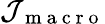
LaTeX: \mathcal{J}_{\mathrm{~m~a~c~r~o~}}